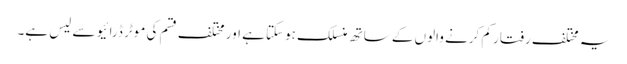
یہ مختلف رفتار کم کرنے والوں کے ساتھ منسلک ہوسکتا ہے اور مختلف قسم کی موٹر ڈرائیو سے لیس ہے۔